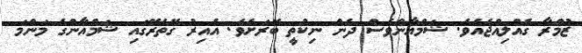
ޒުމްރާ ގެއްލިއްޖެއެވެ. ޝަމްއާންވެސް ދެން ނިކުތީ ބޭރަށެވެ. އެއިރު ގޭތެރޭގައި ޝަމްއާންގެ މަންމަ